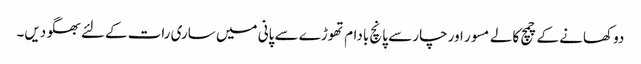
دو کھانے کے چمچ کالے مسور اور چار سے پانچ بادام تھوڑے سے پانی میں ساری رات کےلئے بھگو دیں۔